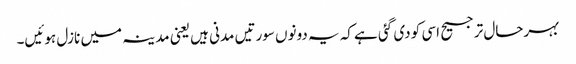
بہرحال ترجیح اسی کو دی گئی ہے کہ یہ دونوں سورتیں مدنی ہیں یعنی مدینہ میں نازل ہوئیں۔